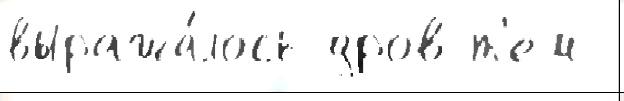
выража́лось дров т'ем